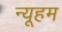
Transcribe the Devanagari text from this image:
न्यूहम